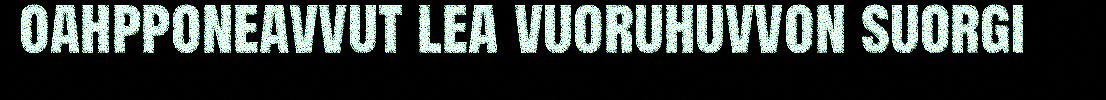
oahpponeavvut lea vuoruhuvvon suorgi